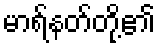
မာရ်နတ်တို့၏